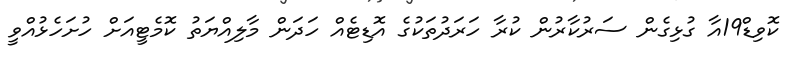
ކޮވިޑް19އާ ގުޅިގެން ސަރުކާރުން ކުރާ ހަރަދުތަކުގެ އޮޑިޓެއް ހަދަން މާލިއްޔަތު ކޮމެޓީއަށް ހުށަހެޅުއްވީ